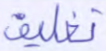
تغليف